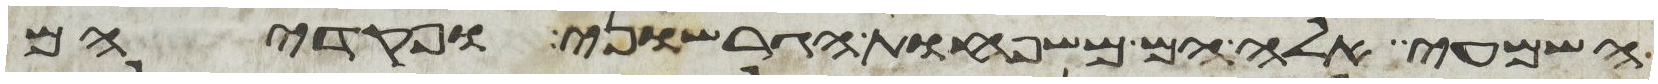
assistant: השמעי אלה הם משפחות הגרשוני ופקדיהם